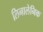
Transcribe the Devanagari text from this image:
लिनालेनिक